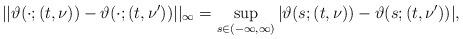
LaTeX: \begin{align*}||\vartheta(\cdot;(t,\nu))-\vartheta(\cdot;(t,\nu'))||_{\infty}=\sup\limits_{s\in (-\infty,\infty)}|\vartheta(s;(t,\nu))-\vartheta(s;(t,\nu'))|,\end{align*}